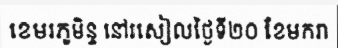
ខេមរភូមិន្ទ នៅរសៀលថ្ងៃទី២០ ខែមករា